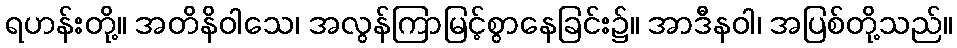
ရဟန်းတို့။ အတိနိဝါသေ၊ အလွန်ကြာမြင့်စွာနေခြင်း၌။ အာဒီနဝါ၊ အပြစ်တို့သည်။